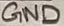
Text: GND